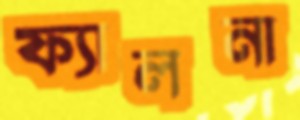
ফ্যালনা